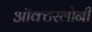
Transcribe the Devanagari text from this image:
ऑक्टरलोनी